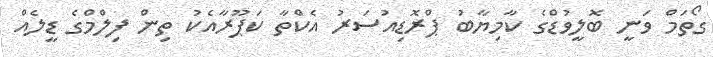
ގޯތަމް ވަނީ ބޮލީވުޑްގެ ކާމިޔާބު ޕްރޮޑިއުސަރު އެކްތާ ކަޕޫރާއެކު ތިން ފިލްމްގެ ޑީލެއް